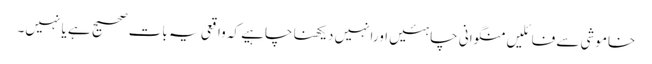
خاموشی سے فائلیں منگوانی چاہئیں اورانہیں دیکھنا چاہیے کہ واقعی یہ بات صحیح ہے یا نہیں۔